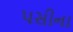
પસીના